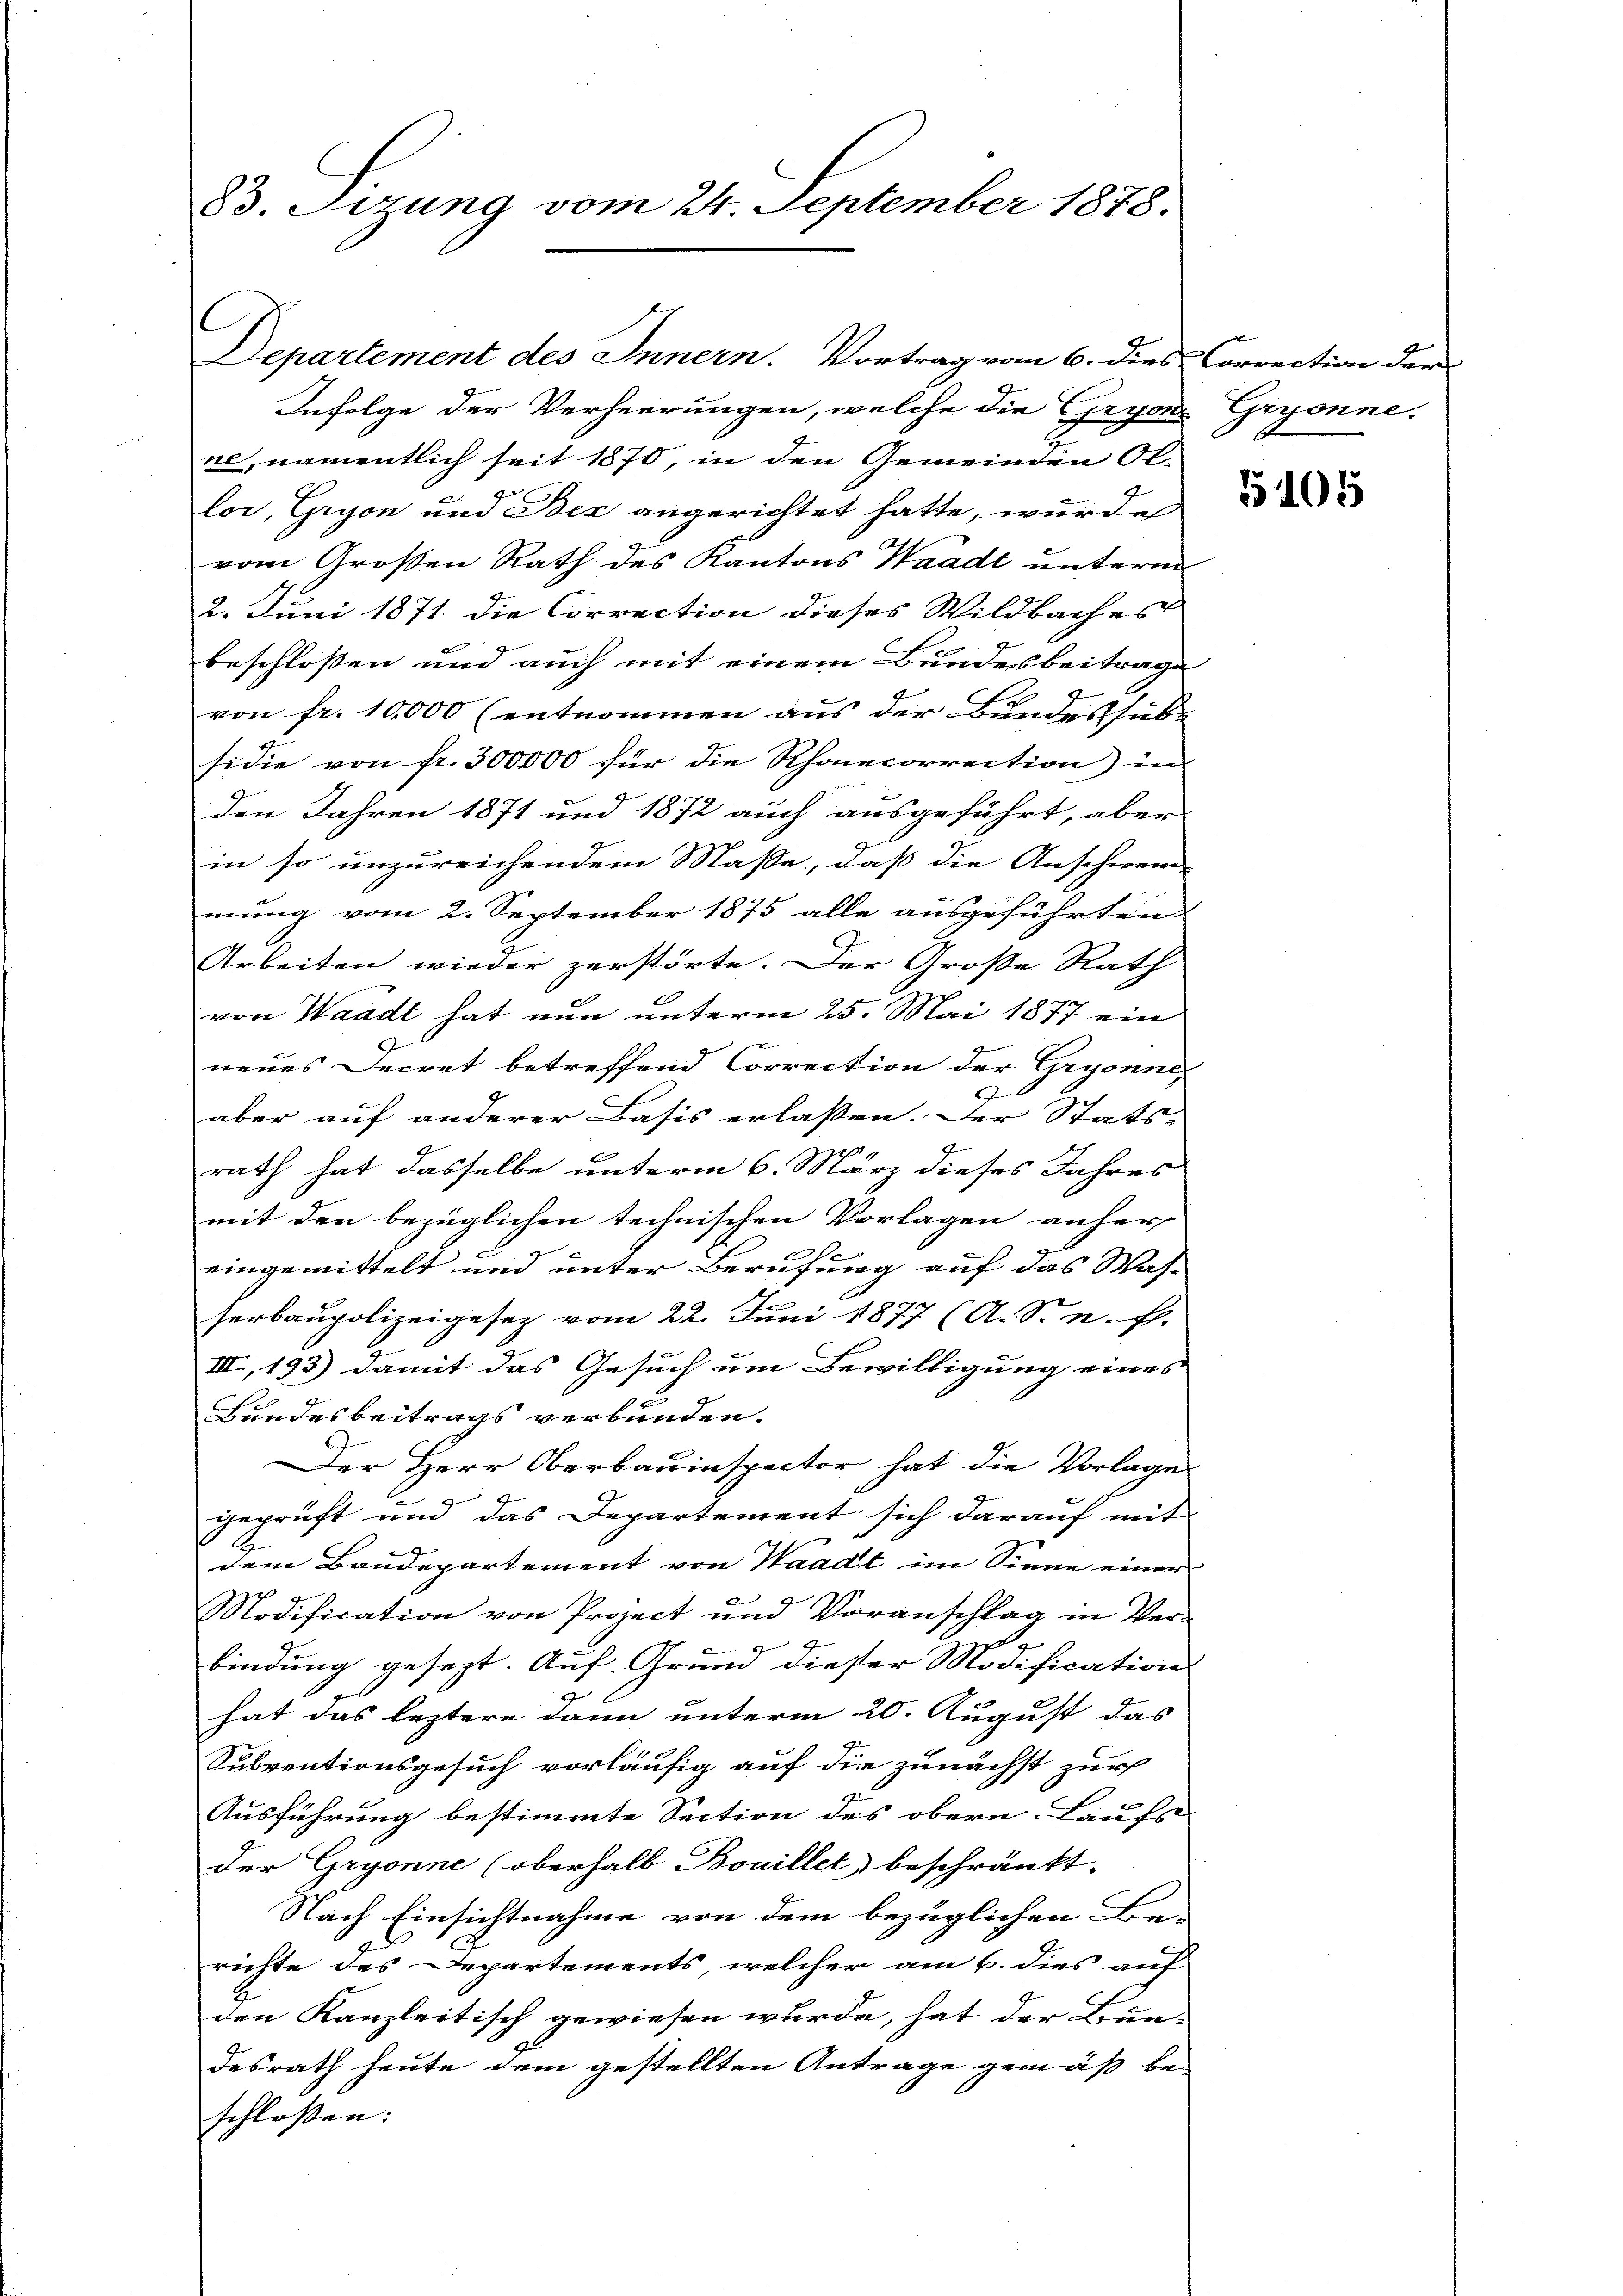
83. Sizung vom 24. September 1878.

Departement des Innern. Vortrag vom 6. dies Correction der

Infolge der Verheerungen, welche die GryonGryonne.
ne, namentlich seit 1870, in den Gemeinden Ollor, Gryon und Bex angerichtet hatte, wurde
vom Großen Rath des Kantons Waadt unterm
2. Juni 1871 die Correction dieses Wildbaches
beschloßen und auch mit einem Bundesbeitrage
von fr. 10,000 (entnommen aus der Bundes habe
sidie von fr. 300000 für die Rhonecorrection) in
den Jahren 1871 und 1872 auch ausgeführt, aber
in so unzureichendem Masse, daß die Anschwend
mung vom 2. September 1875 alle ausgeführten
Arbeiten wieder zerstörte. Der Große Rath
von Waadt hat nun unterm 25. Mai 1877 ein
neues Decret betreffend Correction der Gryonne
6
aber auf anderer Basis erlassen. Der Stats-
8
rath hat dasselbe unterm 6. März dieses Jahres
mit den bezüglichen technischen Vorlagen anher
eingemittelt und unter Berufung auf das Was-
herbaupolizeigesez vom 22. Juni 1877 (A. S. n. F.
III, 193) damit das Gesuch um Bewilligung eines
Bundesbeitrags verbunden.
Der Herr Oberbauinspector hat die Vorlage
geprüft und das Departement sich darauf mit
dem Baudepartement von Waadt im Sinne einer
Modification von Project und Voranschlag in Ver-
A
bindung gesezt. Auf Grund dieser Modification
hat das leztere dann unterm 20. August das
Subventionsgesuch vorläufig auf die zunächst zur
Ausführung bestimmte Section des obern Laufs
der Gryonne (oberhalb Bouillet beschränkt.
Nach Einsichtnahme von dem bezüglichen Be-
richte des Departements, welcher am 6. dies auf
den Kanzleitisch gewiesen wurde, hat der Bun-
desrath heute dem gestellten Antrage gemäß be-
schlossen: |

5105